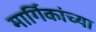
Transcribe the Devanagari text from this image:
मार्गिकांच्या